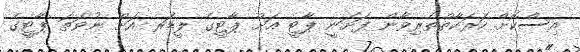
އިސްކޮށް ހަރަކާތްތެރިވާން ފަށަނީ ޕާޓީ އަށް ޕާޓީގެ ލީޑަރ އަށް ނުވަތަ ޕާޓީގެ